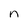
Character: n